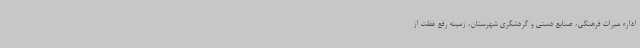
اداره میراث فرهنگی، صنایع دستی و گردشگری شهرستان، زمینه رفع غفلت از